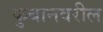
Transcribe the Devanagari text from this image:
कुबानवरील